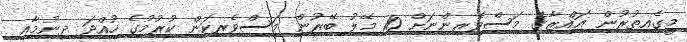
މީގެއިތުރުން ޣައްޒާގެ މަސްވެރިންނަށް 10 މޭލު ބޭރުން މަސްވެރިކަން ކުރުމުގެ ހުއްދަ ދިނުމާއި